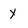
Character: y